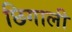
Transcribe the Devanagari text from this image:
छिगाली